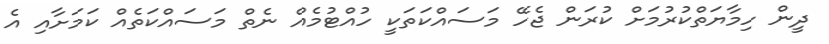
ދީން ހިމާޔަތްކުރުމަށް ކުރަން ޖެހޭ މަސައްކަތަކީ ހުއްޓުމެއް ނެތް މަސައްކަތެއް ކަމަށާއި އެ